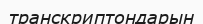
транскриптондарын